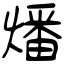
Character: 燔